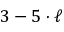
3 - 5 \cdot \ell